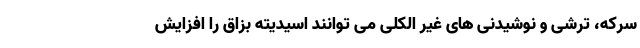
سرکه، ترشی و نوشیدنی های غیر الکلی می توانند اسیدیته بزاق را افزایش